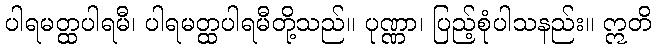
ပါရမတ္ထပါရမီ၊ ပါရမတ္ထပါရမီတို့သည်။ ပုဏ္ဏာ၊ ပြည့်စုံပါသနည်း။ ဣတိ